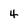
Character: 4